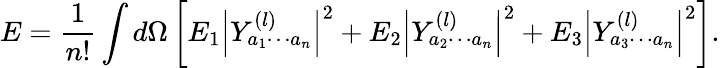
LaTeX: E={\frac{1}{n!}}\int d\Omega\left[E_{1}\left|Y_{a_{1}\cdots a_{n}}^{(l)}\right|^{2}+E_{2}\left|Y_{a_{2}\cdots a_{n}}^{(l)}\right|^{2}+E_{3}\left|Y_{a_{3}\cdots a_{n}}^{(l)}\right|^{2}\right].